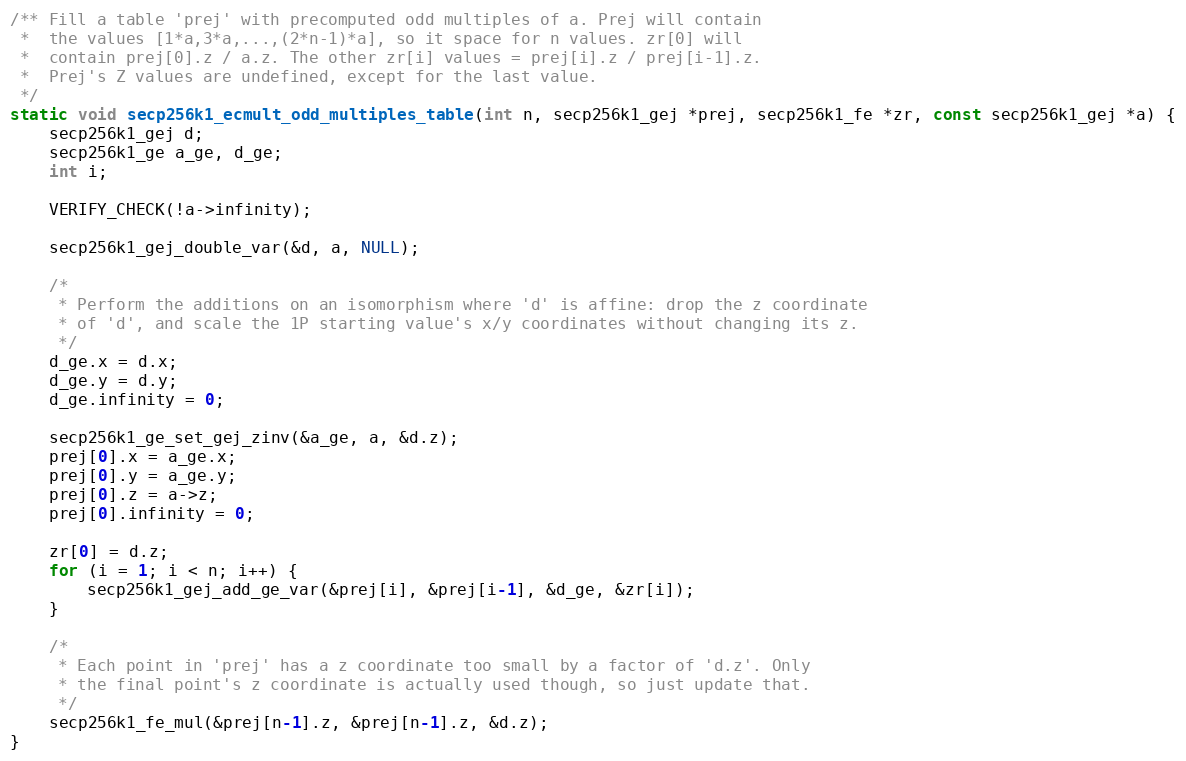
Language: C
/** Fill a table 'prej' with precomputed odd multiples of a. Prej will contain
 *  the values [1*a,3*a,...,(2*n-1)*a], so it space for n values. zr[0] will
 *  contain prej[0].z / a.z. The other zr[i] values = prej[i].z / prej[i-1].z.
 *  Prej's Z values are undefined, except for the last value.
 */
static void secp256k1_ecmult_odd_multiples_table(int n, secp256k1_gej *prej, secp256k1_fe *zr, const secp256k1_gej *a) {
    secp256k1_gej d;
    secp256k1_ge a_ge, d_ge;
    int i;

    VERIFY_CHECK(!a->infinity);

    secp256k1_gej_double_var(&d, a, NULL);

    /*
     * Perform the additions on an isomorphism where 'd' is affine: drop the z coordinate
     * of 'd', and scale the 1P starting value's x/y coordinates without changing its z.
     */
    d_ge.x = d.x;
    d_ge.y = d.y;
    d_ge.infinity = 0;

    secp256k1_ge_set_gej_zinv(&a_ge, a, &d.z);
    prej[0].x = a_ge.x;
    prej[0].y = a_ge.y;
    prej[0].z = a->z;
    prej[0].infinity = 0;

    zr[0] = d.z;
    for (i = 1; i < n; i++) {
        secp256k1_gej_add_ge_var(&prej[i], &prej[i-1], &d_ge, &zr[i]);
    }

    /*
     * Each point in 'prej' has a z coordinate too small by a factor of 'd.z'. Only
     * the final point's z coordinate is actually used though, so just update that.
     */
    secp256k1_fe_mul(&prej[n-1].z, &prej[n-1].z, &d.z);
}